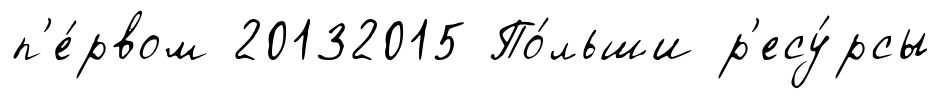
п'е́рвом 20132015 По́льши р'есу́рсы